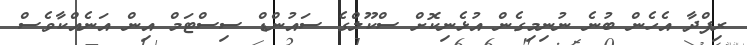
ރިފްދާ އެހެން ބުނެ ނުނިމިގެން އުޅެނިކޮށް ސްކޫލްގެ ސައުންޑް ސިސްޓަމް އިން އަނެއްކާވެސް